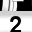
Digit: 2